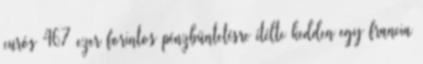
eurós 467 ezer forintos pénzbüntetésre ítélte kedden egy francia